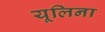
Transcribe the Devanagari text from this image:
यूलिना